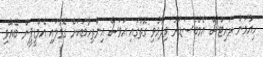
ހިއުމަން ރައިޓްސް އެމްބެސަޑަރު ވިދާޅުވި ގޮތުގައި އަވަސް އިންތިހާބަކަށް ގޮވާލައި އެމްޑީޕީން ބޭއްވި